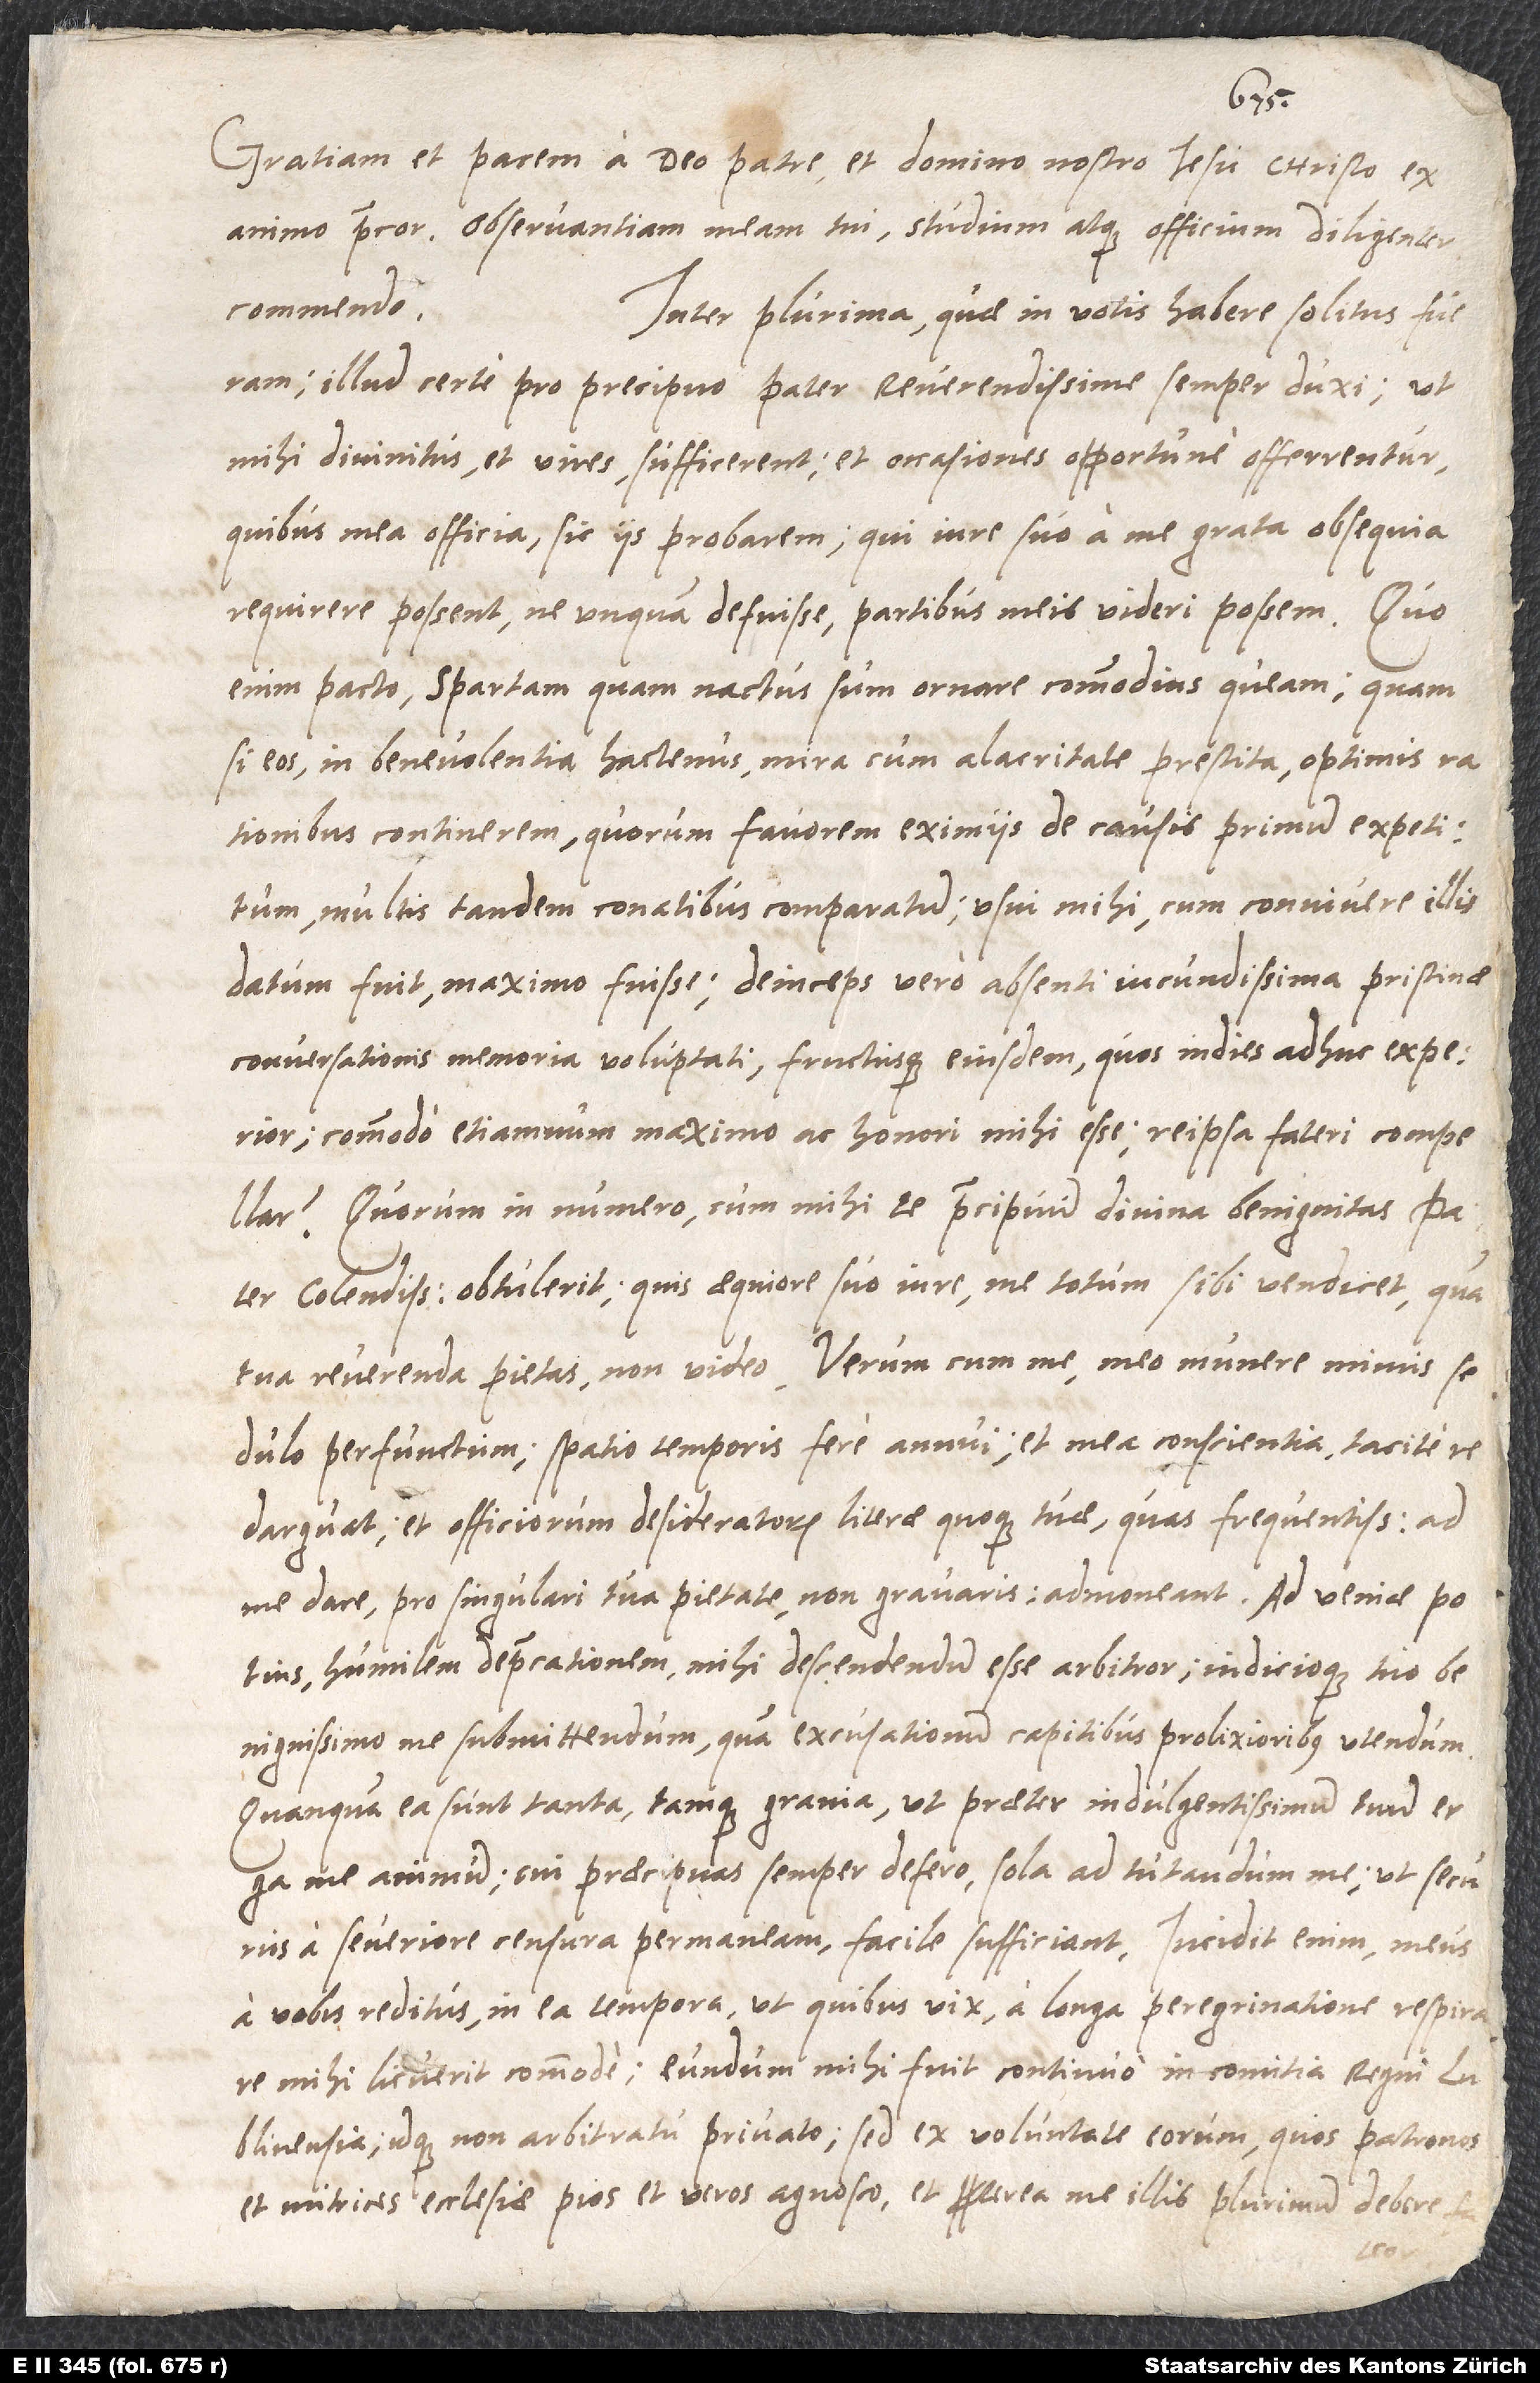
bene
Gratiam et pacem a deo patre et domino nostro Iesu Christo ex
animo precor, observantiam meam tui, studium atque officium diligenter
Inter plurima, quae in votis habere solitus fueram,
illud certe pro praecipuo, pater reverendissime, semper duxi, ut
mihi divinitus et vires sufficerent et occasiones opportune offerrentur,
quibus mea officia sic iis probarem, qui iure suo a me grata obsequia
requirere possent, ne unquam defuisse partibus meis videri possem. Quo
enim pacto spartam, quam nactus sum, ornare commodius queam, quam
si eos in benevolentia hactenus mira cum alacritate prestita optimis
rationibus continerem, quorum favorem eximiis de causis primum expetitum,
multis tandem conatibus comparatum usui mihi, cum connivere illis
datum fuit, maximo fuisse, deinde vero absenti iucundissima pristinae
conversationes memoria voluptati fructusque eiusdem, quos in dies adhuc experior,
commodo etiamnum maximo ac honori mihi esse re ipsa fateri compellar.
Quorum in numero cum mihi te praecipuum divina benignitas, pater
colendissime, obtulerit, quis aequiore suo iure me totum sibi vendicet quam
tua reverenda pietas, non video. Verum cum me meo munere minus
sedulo perfunctum spatio temporis fere annui et mea conscientia tacite
redarguat et officiorum desideratorum literae quoque tuae, quas frequentissimas ad
humilem deprecationem mihi descendendum esse arbitror iudicioque
benignissimo me submittendum, qua excusationum capitibus prolixioribus utendum.
Quanquam ea sunt tanta tamque gravia, ut praeter indulgentissimum tuum erga
me animum, cui praecipua semper defero, sola ad tutandum me, ut sucurus
a severiore censura permaneam, facile sufficiant. Incidit enim meus
a vobis reditus in ea tempora, ut quibus vix a longa peregrinatione respirare
mihi licuerit commode. Eundum mihi fuit continuo in comitia regni
Lublinensia idque non arbitratu privato, sed ex voluntate eorum, quos patronos
et nutrices ecclesiae pios et veros agnosco et propterea me illis plurimum debere